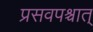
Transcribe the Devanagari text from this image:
प्रसवपश्चात्